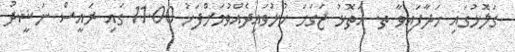
ގަލޮޅުގައި ހަދާފައިވާ ތ. އަތޮޅު ޖަގަހަ ހުޅުވައިދެއްވުމަށްފަހު 11.00 ގައި ރައީސް ނަޝީދު